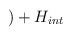
\begin{align*})+H_{int}\end{align*}